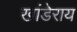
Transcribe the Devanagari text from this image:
खांडेराय